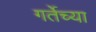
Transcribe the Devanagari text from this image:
गर्तेच्या